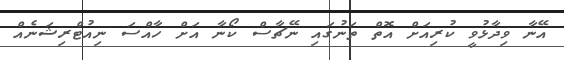
އޭނާ ވިދާޅުވީ ކުރިއަށް އޮތް ތަނުގައި ނޭޗާސް ކޯނާ އަށް ހާއްސަ ނިއުޓްރިޝަނެއް